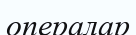
опералар